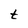
Character: t